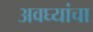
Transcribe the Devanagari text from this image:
अवघ्यांचा